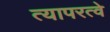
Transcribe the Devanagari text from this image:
त्यापरत्वे